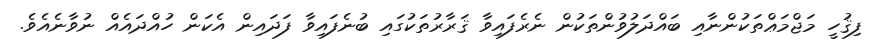
ފިޤުހީ މަޖްމަޢްތަކުންނާއި ބައްދަލުވުންތަކުން ނެރެފައިވާ ޤަރާރުތަކުގައި ބުނެފައިވާ ފަދައިން އެކަން ހުއްދައެއް ނުވާނެއެވެ.